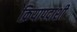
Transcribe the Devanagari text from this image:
क्रियापदाशी